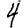
Digit: 4